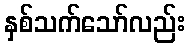
နှစ်သက်သော်လည်း